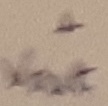
Text: +Vout